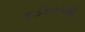
કડકરૂપથી